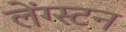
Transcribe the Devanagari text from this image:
लेंग्स्टन